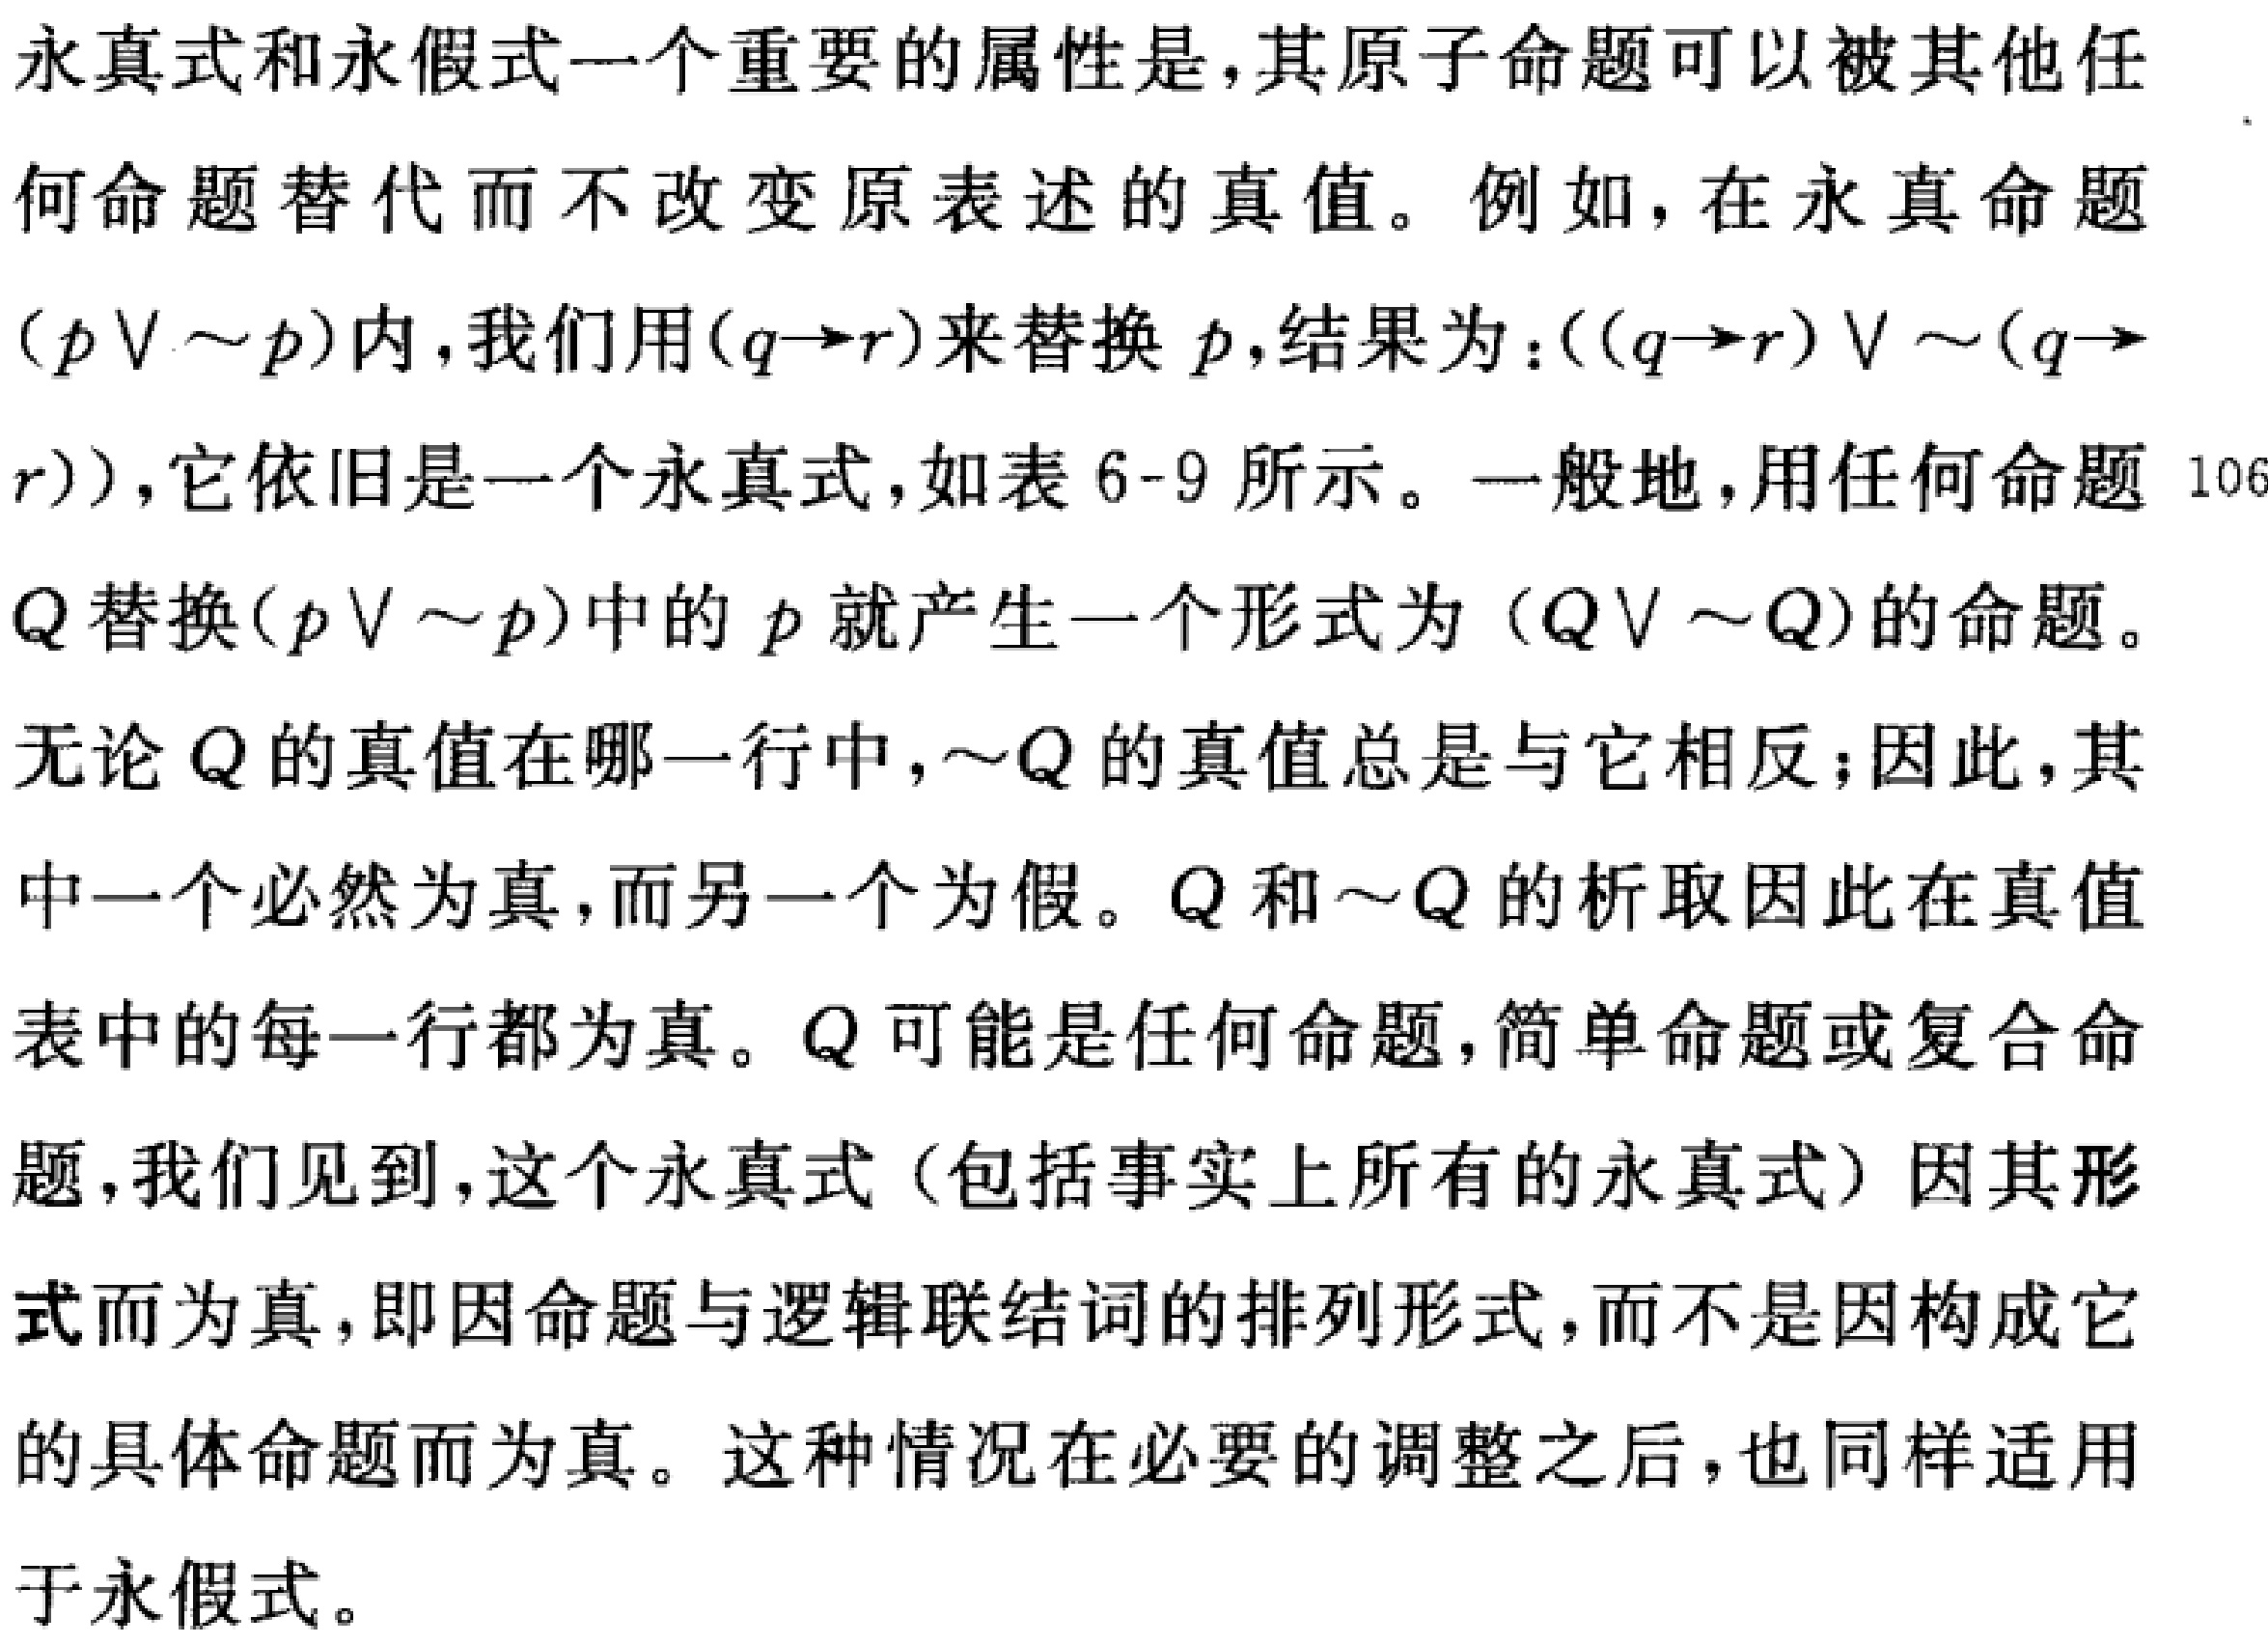
永真式和永假式一个重要的属性是，其原子命题可以被其他任何命题替代而不改变原表述的真值。例如，在永真命题\((p\vee\sim p)\)内，我们用\((q\rightarrow r)\)来替换\(p\)，结果为：\(((q\rightarrow r)\vee\sim(q\rightarrow r))\)，它依旧是一个永真式，如表6 - 9所示。一般地，用任何命题\(Q\)替换\((p\vee\sim p)\)中的\(p\)就产生一个形式为\((Q\vee\sim Q)\)的命题。

无论\(Q\)的真值在哪一行中，\(\sim Q\)的真值总是与它相反；因此，其中一个必然为真，而另一个为假。\(Q\)和\(\sim Q\)的析取因此在真值表中的每一行都为真。\(Q\)可能是任何命题，简单命题或复合命题，我们见到，这个永真式（包括事实上所有的永真式）因其形式而为真，即因命题与逻辑联结词的排列形式，而不是因构成它的具体命题而为真。这种情况在必要的调整之后，也同样适用于永假式。